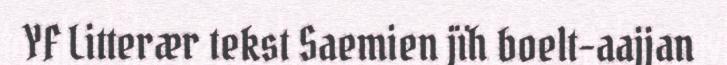
YF Litterær tekst Saemien jïh boelt-aajjan